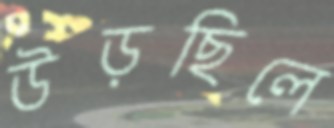
উড়ছিলে